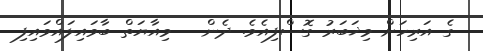
ގެ އަރިހަށް މިޚަބަރު ގޮސްފިއެވެ. ދެން   މިއާޔަތް ބާވައިލައްވައިފި